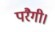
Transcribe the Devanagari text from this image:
परैगी।